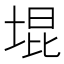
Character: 堒